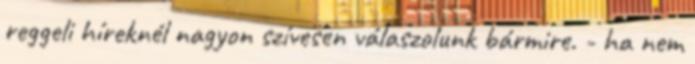
reggeli híreknél nagyon szívesen válaszolunk bármire. - ha nem